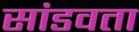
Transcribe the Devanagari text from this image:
सांडवता